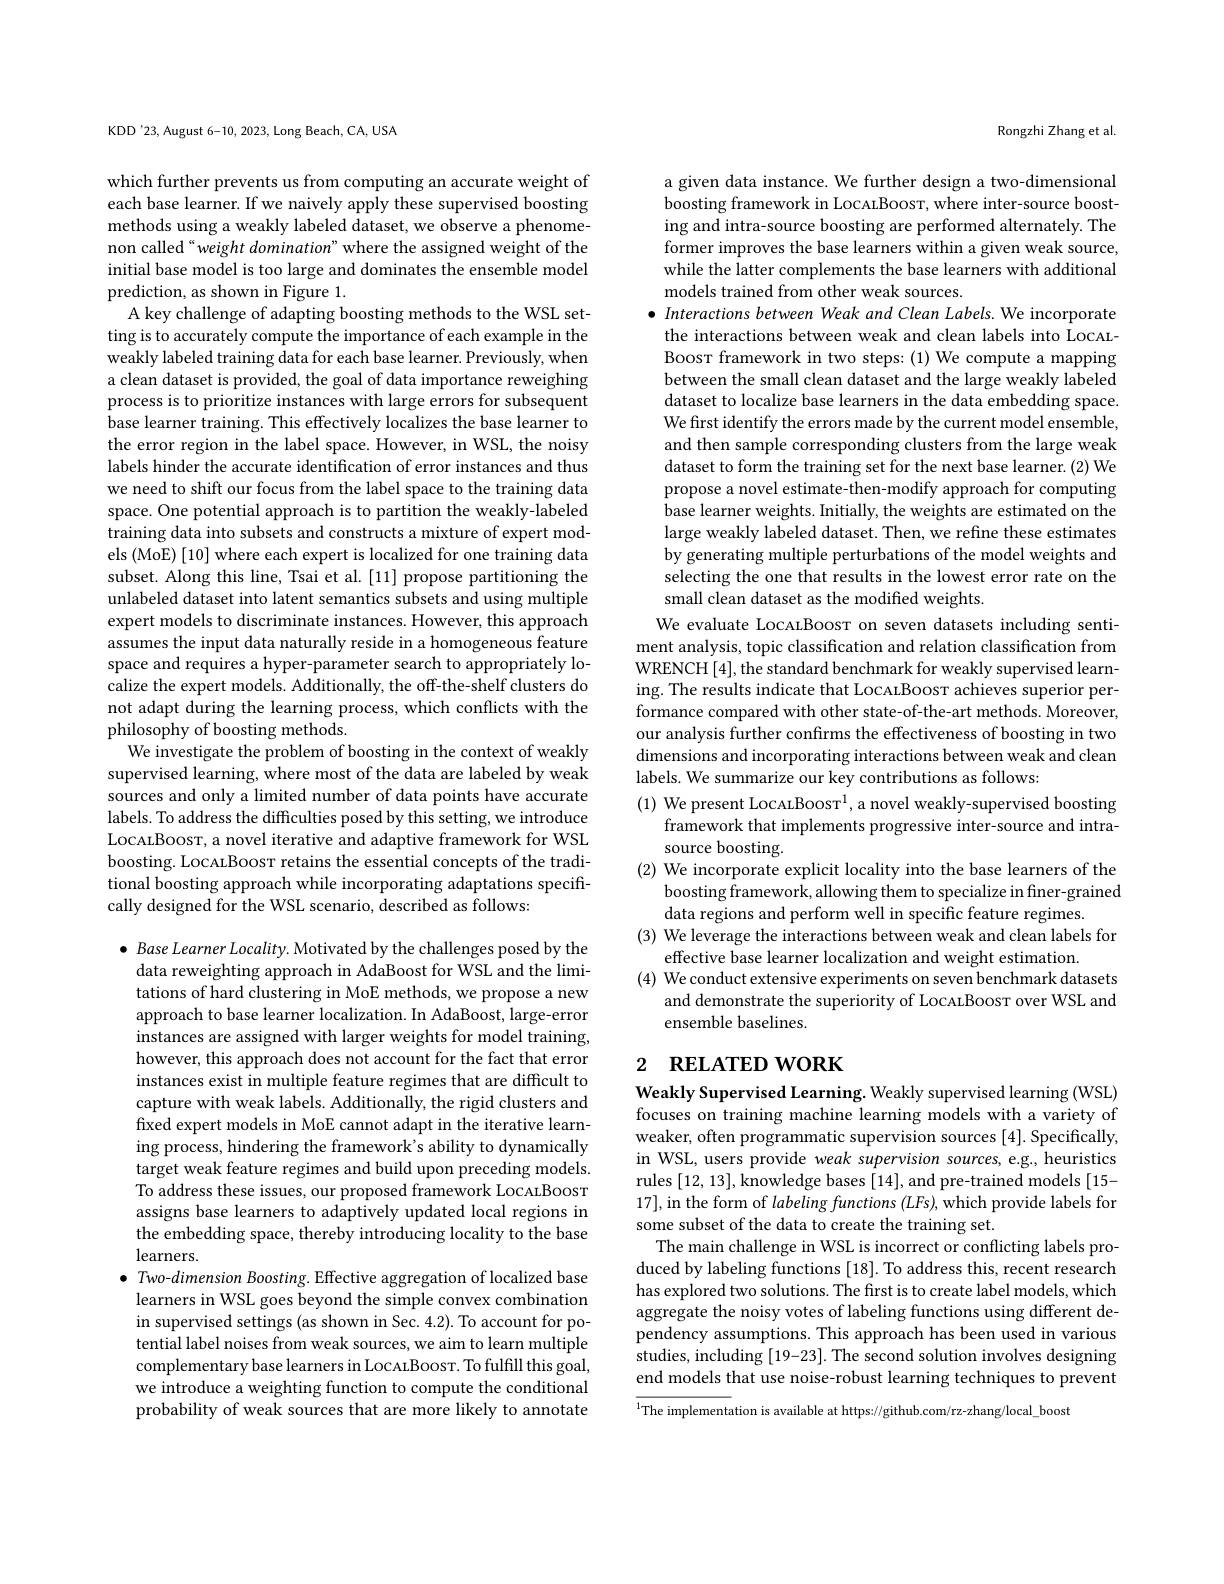
KDD'23, August 6-10, 2023, Long Beach, CA, USA

which further prevents us from computing an accurate weight of each base learner. If we naively apply these supervised boosting methods using a weakly labeled dataset, we observe a phenomenon called“weight domination” where the assigned weight of the initial base model is too large and dominates the ensemble model prediction, as shown in Figure 1.
A key challenge of adapting boosting methods to the WSL setting is to accurately compute the importance of each example in the weakly labeled training data for each base learner. Previously, when a clean dataset is provided, the goal of data importance reweighing process is to prioritize instances with large errors for subsequent base learner training. This effectively localizes the base learner to the error region in the label space. However, in WSL, the noisy labels hinder the accurate identification of error instances and thus we need to shift our focus from the label space to the training data space. One potential approach is to partition the weakly-labeled training data into subsets and constructs a mixture of expert models (MoE) [10] where each expert is localized for one training data subset. Along this line, Tsai et al. [11] propose partitioning the unlabeled dataset into latent semantics subsets and using multiple expert models to discriminate instances. However, this approach assumes the input data naturally reside in a homogeneous feature space and requires a hyper-parameter search to appropriately localize the expert models. Additionally, the off-the-shelf clusters do not adapt during the learning process, which conflicts with the philosophy of boosting methods.
We investigate the problem of boosting in the context of weakly supervised learning, where most of the data are labeled by weak sources and only a limited number of data points have accurate labels. To address the difficulties posed by this setting, we introduce LocarBoosr, a novel iterative and adaptive framework for WSL boosting. LocaLBoosr retains the essential concepts of the traditional boosting approach while incorporating adaptations specifically designed for the WSL scenario, described as follows:

$\bullet$ Base Learner Locality. Motivated by the challenges posed by the data reweighting approach in AdaBoost for WSL and the limitations of hard clustering in MoE methods, we propose a new approach to base learner localization. In AdaBoost, large-error instances are assigned with larger weights for model training, however, this approach does not account for the fact that error instances exist in multiple feature regimes that are difficult to capture with weak labels. Additionally, the rigid clusters and fixed expert models in MoE cannot adapt in the iterative learning process, hindering the framework's ability to dynamically target weak feature regimes and build upon preceding models. To address these issues, our proposed framework LocaLBoosT assigns base learners to adaptively updated local regions in the embedding space, thereby introducing locality to the base $learners.$
$\bullet$ Two-dimension Boosting. Effective aggregation of localized base learners in WSL goes beyond the simple convex combination in supervised settings (as shown in Sec. 4.2). To account for potential label noises from weak sources, we aim to learn multiple complementary base learners in LocALBoosT. To fulfill this goal, we introduce a weighting function to compute the conditional probability of weak sources that are more likely to annotate

Rongzhi Zhang et al.

a given data instance. We further design a two-dimensional boosting framework in LocalBoosr, where inter-source boosting and intra-source boosting are performed alternately. The former improves the base learners within a given weak source, while the latter complements the base learners with additional models trained from other weak sources.
$\bullet$ Interactions between Weak and Clean Labels. We incorporate
the interactions between weak and clean labels into LocALBoosr framework in two steps:(1) We compute a mapping between the small clean dataset and the large weakly labeled dataset to localize base learners in the data embedding space. We first identify the errors made by the current model ensemble, and then sample corresponding clusters from the large weak $\hat{\text{dataset to form the training set for the next base learner.(2)We}}$ propose a novel estimate-then-modify approach for computing base learner weights. Initially, the weights are estimated on the large weakly labeled dataset. Then, we refine these estimates by generating multiple perturbations of the model weights and selecting the one that results in the lowest error rate on the small clean dataset as the modified weights.
We evaluate LocALBoosr on seven datasets including sentiment analysis, topic classification and relation classification from WRENCH [4],the standard benchmark for weakly supervised learning. The results indicate that LocALBoosT achieves superior performance compared with other state-of-the-art methods. Moreover, our analysis further confirms the effectiveness of boosting in two dimensions and incorporating interactions between weak and clean labels. We summarize our key contributions as follows:
(1) We present LocALBoosT$^1$, a novel weakly-supervised boosting
framework that implements progressive inter-source and intra-
source boosting.
(2) We incorporate explicit locality into the base learners of the
boosting framework, allowing them to specialize in finer-grained
data regions and perform well in specific feature regimes
(3) We leverage the interactions between weak and clean labels for
effective base learner localization and weight estimation.
(4) We conduct extensive experiments on seven benchmark datasets
and demonstrate the superiority of LocALBoosT over WSL and
ensemble baselines.

# 2 $\textbf{RELATED WORK}$

Weakly Supervised Learning. Weakly supervised learning (WSL) focuses on training machine learning models with a variety of weaker, often programmatic supervision sources [4]. Specifically, in WSL, users provide weak supervision sources, e.g., heuristics rules [12,13],knowledge bases [14],and pre-trained models [15- 17], in the form of labeling functions (LFs), which provide labels for some subset of the data to create the training set.
The main challenge in WSL is incorrect or conflicting labels produced by labeling functions [18]. To address this, recent research has explored two solutions. The first is to create label models, which aggregate the noisy votes of labeling functions using different dependency assumptions. This approach has been used in various studies, including [19-23]. The second solution involves designing end models that use noise-robust learning techniques to prevent

$\overline{^1\text{The implementa}}$tion is available at https://github.com/rz-zhang/local\_boost